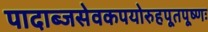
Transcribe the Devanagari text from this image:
पादाब्जसेवकपयोरुहपूतपूष्णः